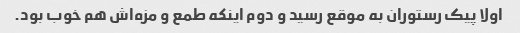
اولا پیک رستوران به موقع رسید و دوم اینکه طمع و مزه‌اش هم خوب بود.